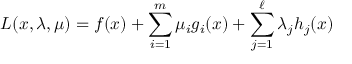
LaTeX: L ( x , \lambda , \mu ) = f ( x ) + \sum _ { i = 1 } ^ { m } \mu _ { i } g _ { i } ( x ) + \sum _ { j = 1 } ^ { \ell } \lambda _ { j } h _ { j } ( x )